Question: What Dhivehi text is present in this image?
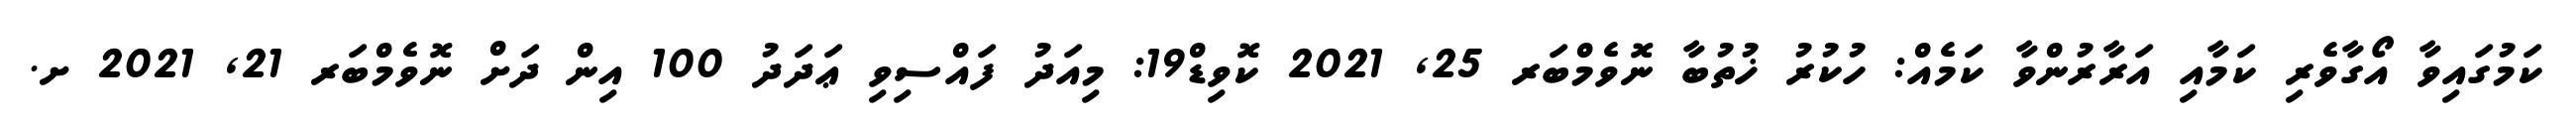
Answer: ކަމުގައިވާ އޯގާވެރި ކަމާއި އަރާރުންވާ ކަމެއް: ހުކުރު ޚުތުބާ ނޮވެމްބަރ 25, 2021 ކޮވިޑް19: މިއަދު ފައްސިވި ޢަދަދު 100 އިން ދަށް ނޮވެމްބަރ 21, 2021 ށ.